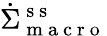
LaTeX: \dot{\Sigma}_{\mathrm{~m~a~c~r~o~}}^{\mathrm{~s~s~}}